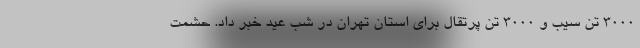
۳۰۰۰ تن سیب و ۳۰۰۰ تن پرتقال برای استان تهران در شب عید خبر داد. حشمت